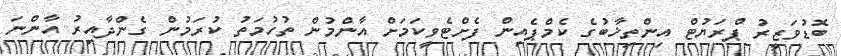
ބޮޑުވަޒީރު ޕްރަޔުޓް އިންތިޚާބުގެ ކެމްޕެއިން ފެށްޓެވީކަމަށް އާންމުން ތުހުމަތު ކުރަމުން ގެންދާއިރު އާންނަ